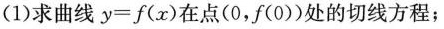
(1)求曲线 $$y = f ( x )$$ 在点(0，f(0))处的切线方程；